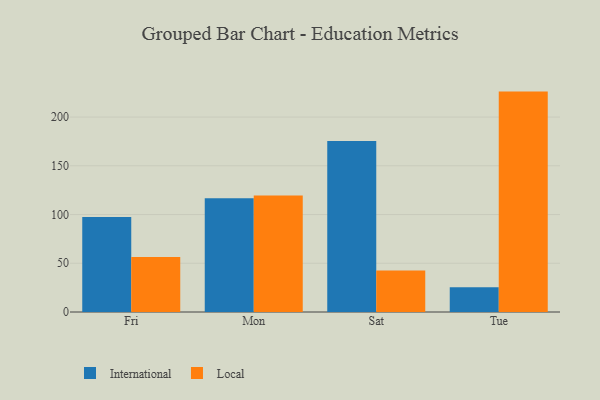
{"axis": {"x": "Day", "y": "Operating Costs (USD K)"}, "legend": ["International", "Local"], "data": [{"x": "Fri", "y": 97.5, "type": "International"}, {"x": "Fri", "y": 56.3, "type": "Local"}, {"x": "Mon", "y": 116.7, "type": "International"}, {"x": "Mon", "y": 119.4, "type": "Local"}, {"x": "Sat", "y": 175.5, "type": "International"}, {"x": "Sat", "y": 42.6, "type": "Local"}, {"x": "Tue", "y": 25.3, "type": "International"}, {"x": "Tue", "y": 226.1, "type": "Local"}]}